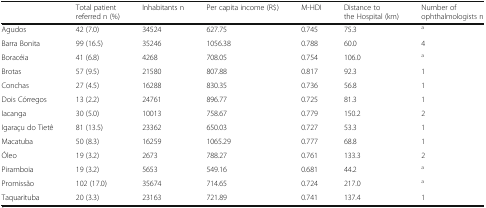
<table><thead><tr><td></td><td><b>Total patient referred n (%)</b></td><td><b>Inhabitants n</b></td><td><b>Per capita income (R$)</b></td><td><b>M-HDI</b></td><td><b>Distance to the Hospital (km)</b></td><td><b>Number of ophthalmologists n</b></td></tr></thead><tbody><tr><td>Agudos</td><td>42 (7.0)</td><td>34524</td><td>627.75</td><td>0.745</td><td>75.3</td><td><sup>a</sup></td></tr><tr><td>Barra Bonita</td><td>99 (16.5)</td><td>35246</td><td>1056.38</td><td>0.788</td><td>60.0</td><td>4</td></tr><tr><td>Boracéia</td><td>41 (6.8)</td><td>4268</td><td>708.05</td><td>0.754</td><td>106.0</td><td><sup>a</sup></td></tr><tr><td>Brotas</td><td>57 (9.5)</td><td>21580</td><td>807.88</td><td>0.817</td><td>92.3</td><td>1</td></tr><tr><td>Conchas</td><td>27 (4.5)</td><td>16288</td><td>830.35</td><td>0.736</td><td>56.8</td><td>1</td></tr><tr><td>Dois Córregos</td><td>13 (2.2)</td><td>24761</td><td>896.77</td><td>0.725</td><td>81.3</td><td>1</td></tr><tr><td>Iacanga</td><td>30 (5.0)</td><td>10013</td><td>758.67</td><td>0.779</td><td>150.2</td><td>2</td></tr><tr><td>Igaraçu do Tietê</td><td>81 (13.5)</td><td>23362</td><td>650.03</td><td>0.727</td><td>53.3</td><td>1</td></tr><tr><td>Macatuba</td><td>50 (8.3)</td><td>16259</td><td>1065.29</td><td>0.777</td><td>68.8</td><td>1</td></tr><tr><td>Óleo</td><td>19 (3.2)</td><td>2673</td><td>788.27</td><td>0.761</td><td>133.3</td><td>2</td></tr><tr><td>Piramboia</td><td>19 (3.2)</td><td>5653</td><td>549.16</td><td>0.681</td><td>44.2</td><td><sup>a</sup></td></tr><tr><td>Promissão</td><td>102 (17.0)</td><td>35674</td><td>714.65</td><td>0.724</td><td>217.0</td><td><sup>a</sup></td></tr><tr><td>Taquarituba</td><td>20 (3.3)</td><td>23163</td><td>721.89</td><td>0.741</td><td>137.4</td><td>1</td></tr></tbody></table>